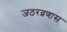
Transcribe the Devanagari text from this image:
जठरव्रणास